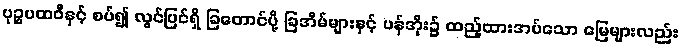
ပုဉ္ဇပထဝီနှင့် စပ်၍ လွင်ပြင်ရှိ ခြတောင်ပို့ ခြအိမ်များနှင့် ပန်အိုး၌ ထည့်ထားအပ်သော မြေများလည်း